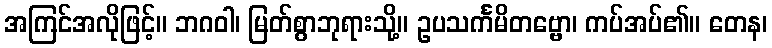
အကြင်အလိုဖြင့်။ ဘဂဝါ၊ မြတ်စွာဘုရားသို့။ ဥပသင်္ကမိတဗ္ဗော၊ ကပ်အပ်၏။ တေန၊